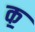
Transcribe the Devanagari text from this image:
क॒